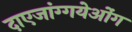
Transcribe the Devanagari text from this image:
दाएजांग्गयेओंग